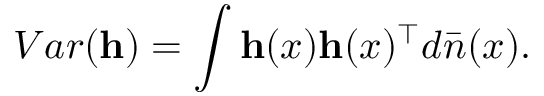
V a r ( \mathbf { h } ) = \int \mathbf { h } ( x ) \mathbf { h } ( x ) ^ { \top } d \bar { n } ( x ) .